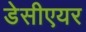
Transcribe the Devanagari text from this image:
डेसीएयर